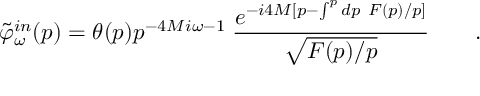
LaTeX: \tilde { \varphi } _ { \omega } ^ { i n } ( p ) = \theta ( p ) p ^ { - 4 M i \omega - 1 } \; { \frac { e ^ { - i 4 M [ p - \int ^ { p } d p \ F ( p ) / p ] } } { \sqrt { F ( p ) / p } } } \qquad .